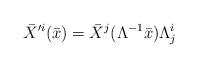
LaTeX: \begin{align*}\bar{X}^{\prime i} (\bar{x}) = \bar{X}^j(\Lambda^{-1}\bar{x})\Lambda_j^i\end{align*}